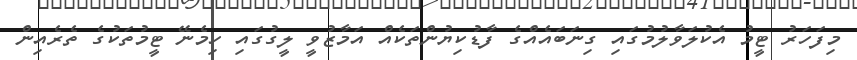
މިފަހަރު ޓީމު އެކުލަވާލުމުގައި ގިނަބައެއްގެ ފާޑުކިޔުންތަކެއް އަމާޒުވީ ލީގުގައި ހިމެނޭ ޓީމުތަކުގެ ތެރެއިން